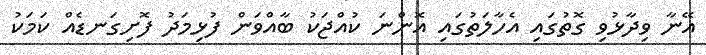
އޭނާ ވިދާޅުވި ގޮތުގައި އެހާލަތުގައި އޮންނަ ކުއްޖަކު ބާއްވަން ފުޅިމަދު ފޮށިގަނޑެއް ކަމަކު